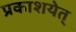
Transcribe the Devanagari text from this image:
प्रकाशयेत्